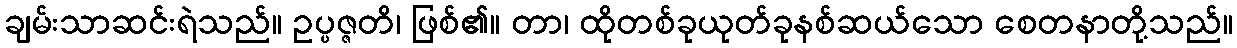
ချမ်းသာဆင်းရဲသည်။ ဥပ္ပဇ္ဇတိ၊ ဖြစ်၏။ တာ၊ ထိုတစ်ခုယုတ်ခုနစ်ဆယ်သော စေတနာတို့သည်။